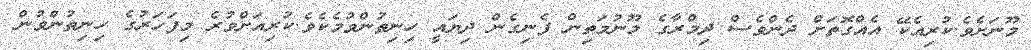
މޫނަށެވެ.ކުރިއެކޭ އެއްގޮތަށް ދެންވެސް ދިމްރާގެ މޫނުމަތިން ފެނިގެން ދިޔައީ ހިނިތުންވުމެކެވެ.ކުރިއަށްވުރެ މިފަހަރުގެ ހިނިތުންވުން